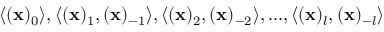
\langle ( \mathbf { x } ) _ { 0 } \rangle , \langle ( \mathbf { x } ) _ { 1 } , ( \mathbf { x } ) _ { - 1 } \rangle , \langle ( \mathbf { x } ) _ { 2 } , ( \mathbf { x } ) _ { - 2 } \rangle , . . . , \langle ( \mathbf { x } ) _ { l } , ( \mathbf { x } ) _ { - l } \rangle